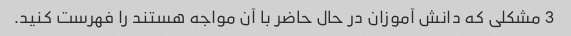
3 مشکلی که دانش آموزان در حال حاضر با آن مواجه هستند را فهرست کنید.